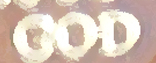
GOD